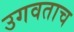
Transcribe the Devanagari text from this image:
उगवताच